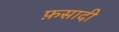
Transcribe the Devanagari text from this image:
फ़सादी